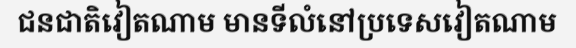
ជនជាតិវៀតណាម មានទីលំនៅប្រទេសវៀតណាម